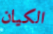
الكيان